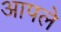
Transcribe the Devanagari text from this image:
अापले